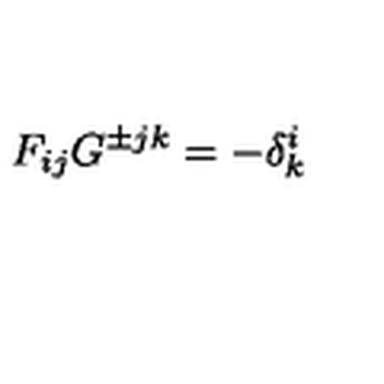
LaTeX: F _ { i j } G ^ { \pm j k } = - \delta _ { k } ^ { i }